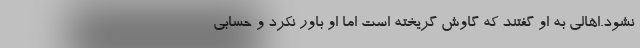
نشود.اهالی به او گفتند که گاوش گریخته است اما او باور نکرد و حسابی